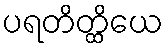
ပရတိတ္ထိယေ